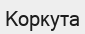
Коркута